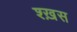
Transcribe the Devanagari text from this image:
श्ख़स